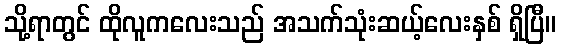
သို့ရာတွင် ထိုလူကလေးသည် အသက်သုံးဆယ့်လေးနှစ် ရှိပြီ။